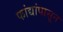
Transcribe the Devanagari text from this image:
फांद्यांपासून